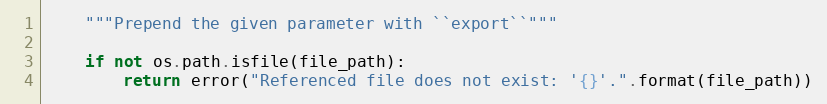
Language: Python
    """Prepend the given parameter with ``export``"""

    if not os.path.isfile(file_path):
        return error("Referenced file does not exist: '{}'.".format(file_path))